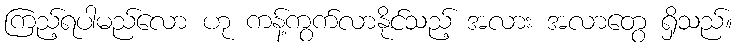
ကြည့်ရပါမည်လော ဟု ကန့်ကွက်လာနိုင်သည့် အလား အလာတွေ ရှိသည်။